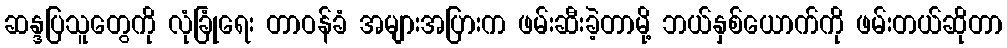
ဆန္ဒပြသူတွေကို လုံခြုံရေး တာဝန်ခံ အများအပြားက ဖမ်းဆီးခဲ့တာမို့ ဘယ်နှစ်ယောက်ကို ဖမ်းတယ်ဆိုတာ